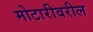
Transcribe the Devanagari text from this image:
मोटारीवरील